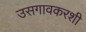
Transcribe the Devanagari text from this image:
उसगावकरशी